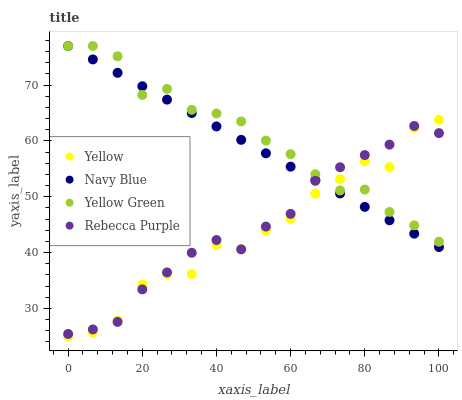
| xaxis_label | Yellow | Navy Blue | Yellow Green | Rebecca Purple |
 | --- | --- | --- | --- | --- |
 | 0 | 25 | 77 | 77 | 25.4 |
 | 6.67 | 25.7 | 74.6 | 77 | 26.2 |
 | 13.3 | 27.8 | 72.2 | 75.2 | 27.6 |
 | 20 | 34.3 | 69.8 | 68.2 | 33.4 |
 | 26.7 | 36.1 | 67.4 | 69.3 | 36.4 |
 | 33.3 | 36.2 | 65 | 65.6 | 40 |
 | 40 | 41.4 | 62.6 | 64.9 | 42.2 |
 | 46.7 | 40.6 | 60.2 | 63.5 | 40.6 |
 | 53.3 | 43.9 | 57.8 | 60.1 | 44.6 |
 | 60 | 46 | 55.4 | 57.6 | 46.9 |
 | 66.7 | 50.6 | 53 | 54 | 52.8 |
 | 73.3 | 53.1 | 50.6 | 51.1 | 55.3 |
 | 80 | 56.3 | 48.2 | 51.3 | 57.5 |
 | 86.7 | 55.3 | 45.8 | 47.3 | 59.3 |
 | 93.3 | 62.3 | 43.4 | 44.9 | 62.7 |
 | 100 | 63.8 | 41 | 41.9 | 61.4 |